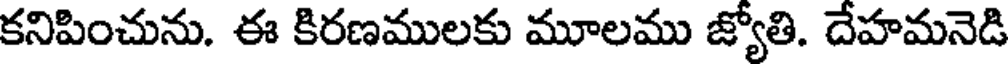
కనిపించును. ఈ కిరణములకు మూలము జ్యోతి. దేహమనెడి